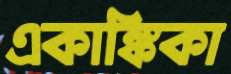
একাঙ্কিকা